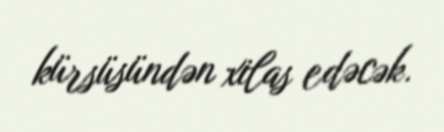
kürsüsündən xilas edəcək.